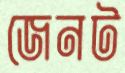
জেনট